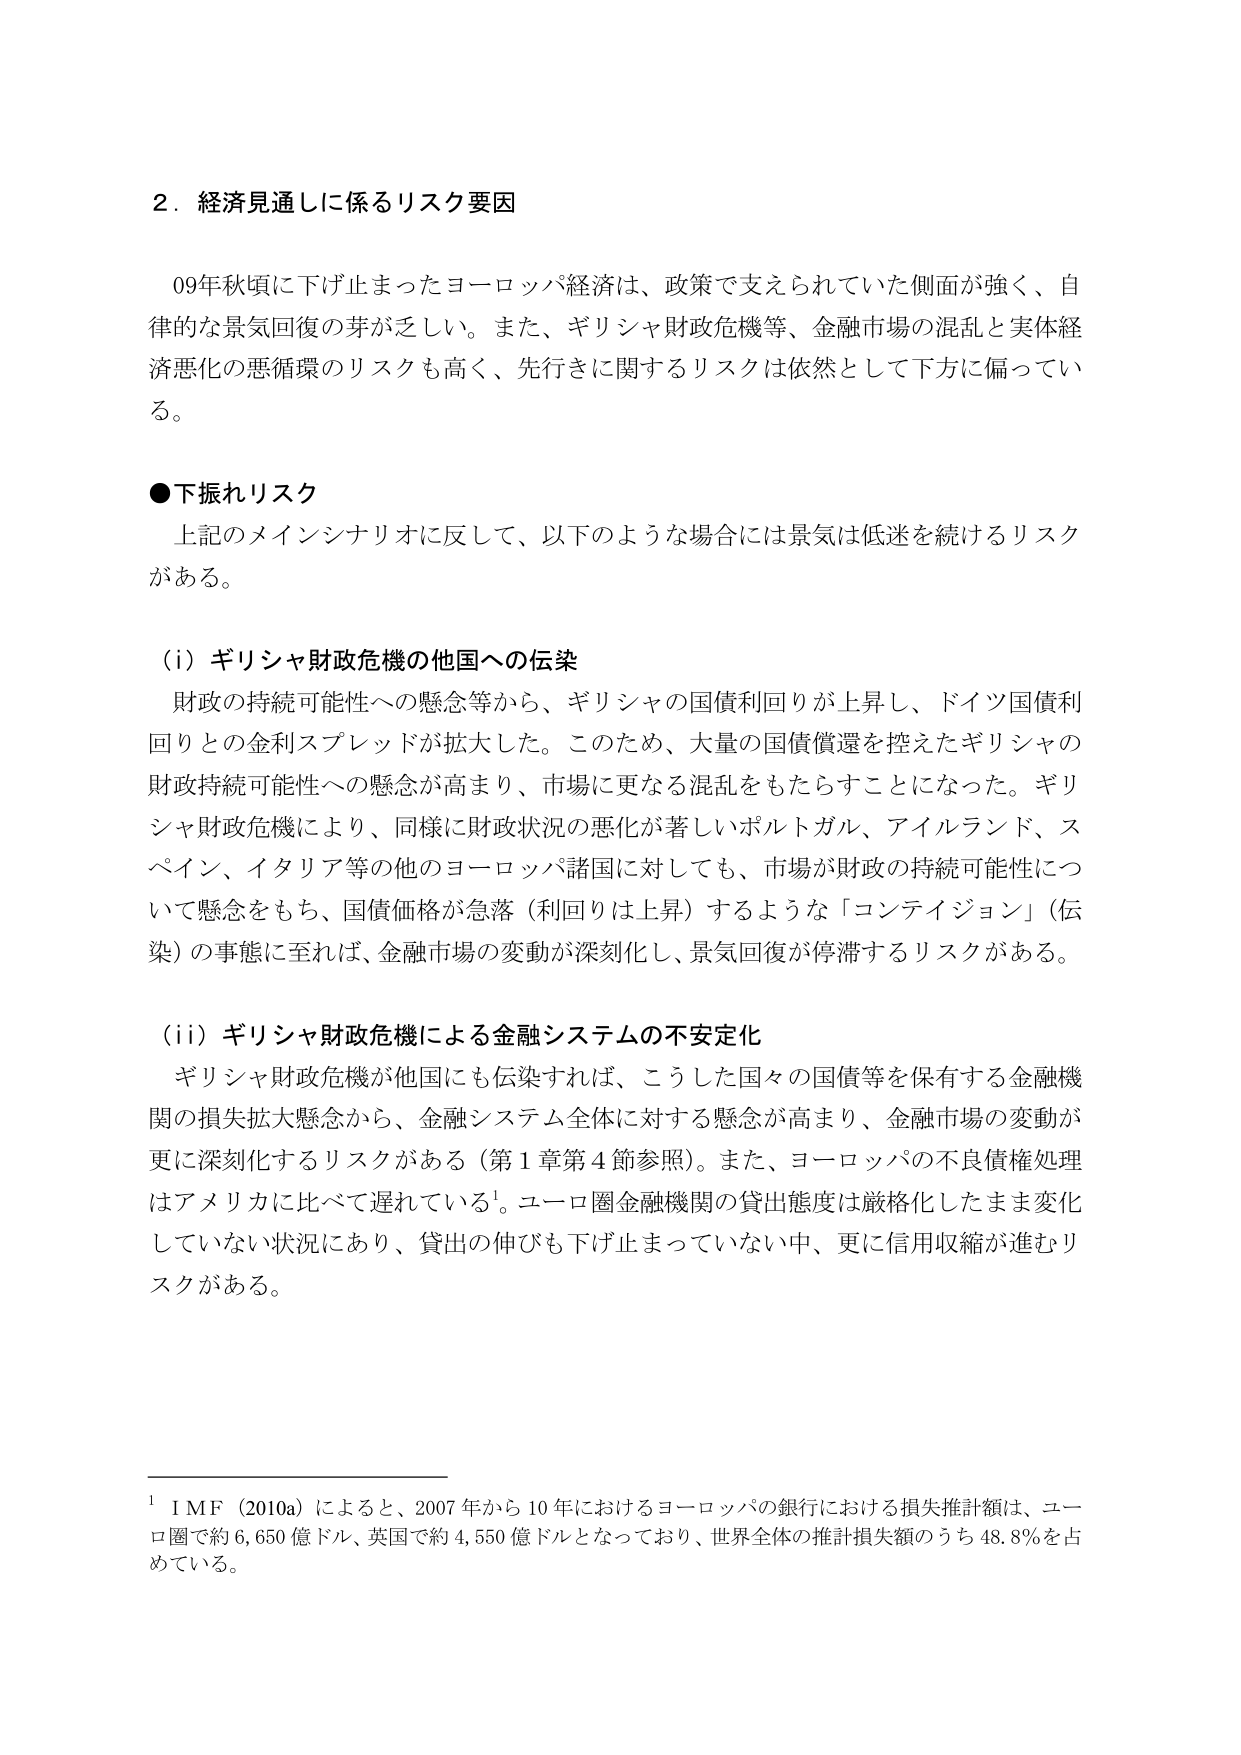
２．経済見通しに係るリスク要因

09年秋頃に下げ止まったヨーロッパ経済は、政策で支えられていた側面が強く、自律的な景気回復の芽が乏しい。また、ギリシャ財政危機等、金融市場の混乱と実体経済悪化の悪循環のリスクも高く、先行きに関するリスクは依然として下方に偏っている。

●下振れリスク
上記のメインシナリオに反して、以下のような場合には景気は低迷を続けるリスクがある。

（i）ギリシャ財政危機の他国への伝染
財政の持続可能性への懸念等から、ギリシャの国債利回りが上昇し、ドイツ国債利回りとの金利スプレッドが拡大した。このため、大量の国債償還を控えたギリシャの財政持続可能性への懸念が高まり、市場に更なる混乱をもたらすことになった。ギリシャ財政危機により、同様に財政状況の悪化が著しいポルトガル、アイルランド、スペイン、イタリア等の他のヨーロッパ諸国に対しても、市場が財政の持続可能性について懸念をもち、国債価格が急落（利回りは上昇）するような「コンテイジョン」（伝染）の事態に至れば、金融市場の変動が深刻化し、景気回復が停滞するリスクがある。

（ii）ギリシャ財政危機による金融システムの不安定化
ギリシャ財政危機が他国にも伝染すれば、こうした国々の国債等を保有する金融機関の損失拡大懸念から、金融システム全体に対する懸念が高まり、金融市場の変動が更に深刻化するリスクがある（第１章第４節参照）。また、ヨーロッパの不良債権処理はアメリカに比べて遅れている¹。ユーロ圏金融機関の貸出態度は厳格化したまま変化していない状況にあり、貸出の伸びも下げ止まっていない中、更に信用収縮が進むリスクがある。

¹ IMF（2010a）によると、2007年から10年におけるヨーロッパの銀行における損失推計額は、ユーロ圏で約6,650億ドル、英国で約4,550億ドルとなっており、世界全体の推計損失額のうち48.8％を占めている。